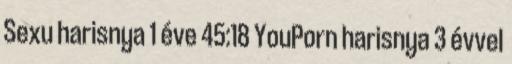
Sexu harisnya 1 éve 45:18 YouPorn harisnya 3 évvel